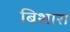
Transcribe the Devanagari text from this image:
बिशारा